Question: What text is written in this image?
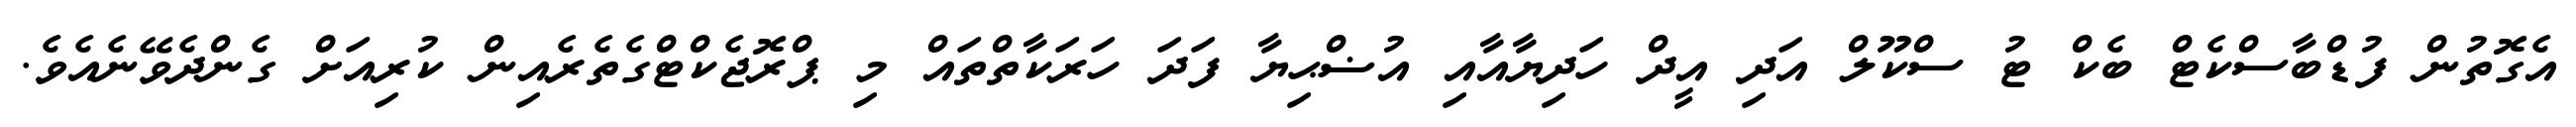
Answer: އެގޮތުން ފުޑްބާސްކެޓް ބެކް ޓު ސްކޫލް އަދި އީދް ހަދިޔާއާއި އުޟްޙިޔާ ފަދަ ހަރަކާތްތައް މި ޕްރޮޖެކްޓްގެތެރެއިން ކުރިއަށް ގެންދެވޭނެއެވެ.